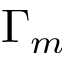
\Gamma _ { m }